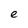
Character: e